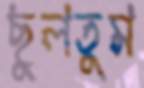
ছুলতুম